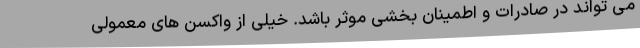
می تواند در صادرات و اطمینان بخشی موثر باشد. خیلی از واکسن های معمولی